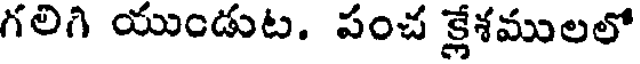
గలిగి యుండుట. పంచ క్లేశములలో